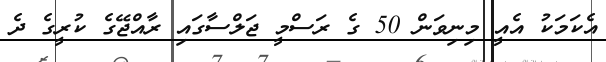
އެކަމަކު އެއީ މިނިވަން 50 ގެ ރަސްމީ ޖަލްސާގައި ރާއްޖޭގެ ކުރީގެ ދެ